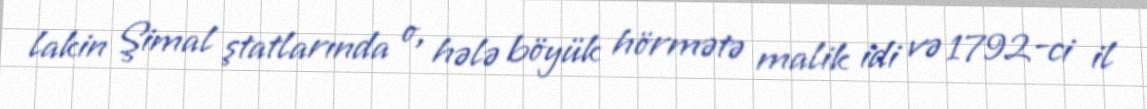
lakin Şimal ştatlarında o, hələ böyük hörmətə malik idi və 1792-ci il